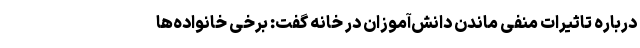
درباره تاثیرات منفی ماندن دانش‌آموزان در خانه گفت: برخی خانواده‌ها